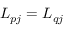
{ \cal L } _ { p j } = { \cal L } _ { q j }